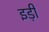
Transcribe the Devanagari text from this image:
इड़ी